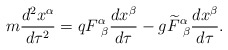
\begin{align*}m\frac{d^2x^\alpha}{d\tau^2}= q F^{\alpha}_{~\beta}\frac{dx^\beta}{d\tau}- g\widetilde{F}^{\alpha}_{~\beta}\frac{dx^\beta}{d\tau}.\end{align*}